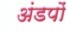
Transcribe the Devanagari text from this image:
अंडपों